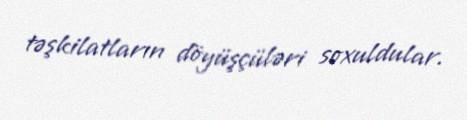
təşkilatların döyüşçüləri soxuldular.